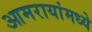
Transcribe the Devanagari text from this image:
आमरायांमध्ये